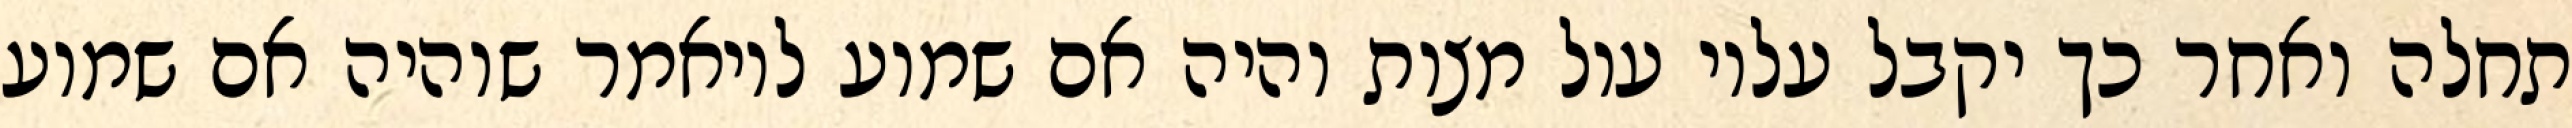
תחלה ואחר כך יקבל עליו עול מצות והיה אם שמוע לויאמר שוהיה אם שמוע